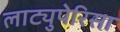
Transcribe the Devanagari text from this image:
लाट्युपेरिसा